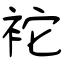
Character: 袉